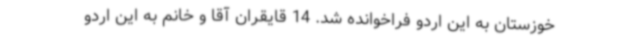
خوزستان به این اردو فراخوانده شد. 14 قایقران آقا و خانم به این اردو